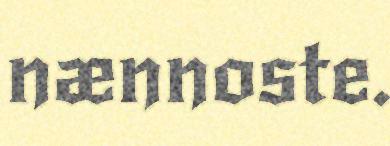
nænnoste.